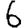
Digit: 6